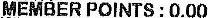
MEMBER POINTS : 0.00